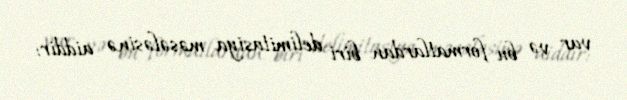
var və bu formatlardan biri delimitasiya məsələsinə aiddir: